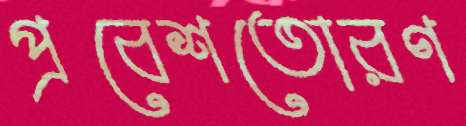
প্রবেশতোরণ